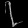
Digit: ၇